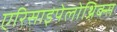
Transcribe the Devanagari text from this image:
एरिसाइपेलोथ्रिक्स